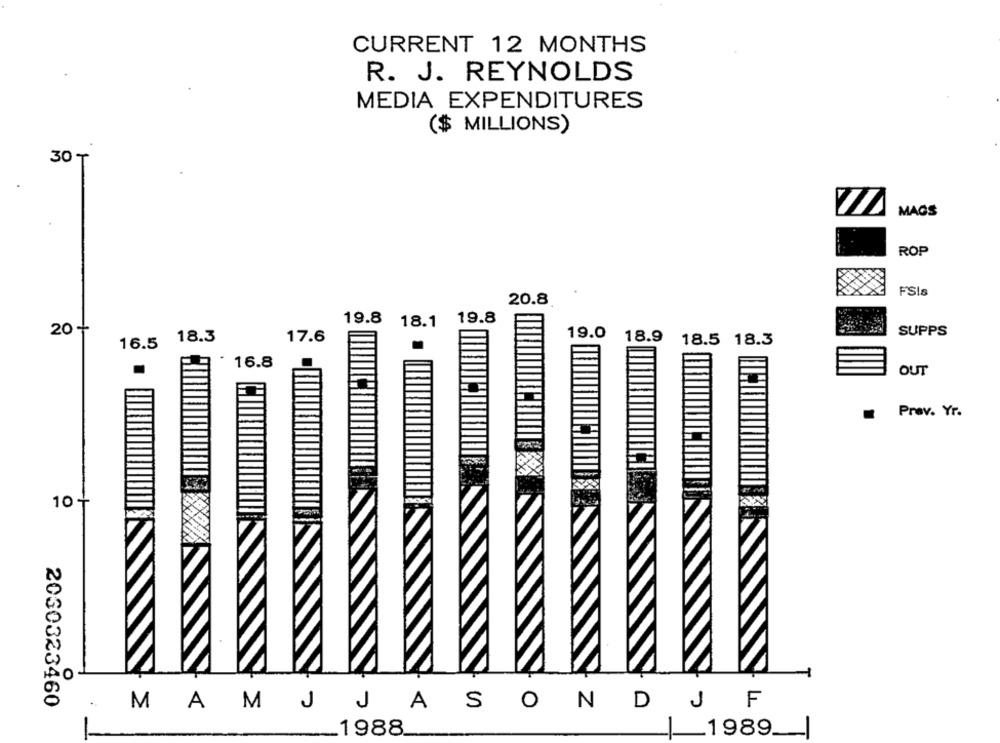
CURRENT 12 MONTHS
R. J. REYNOLDS
MEDIA EXPENDITURES
($ MILLIONS)
30 ₸
MAGS
ROP
FSIs
20.8
19.8
19.8
18.1
20 +
19.0
SUPPS
18.3
17.6
18.9
18.5 18.3
16.5
16.8
OUT
Prav. Yr.
10+
2030323460
MAMJ JASOND
J
F
_ 1988.
1989